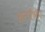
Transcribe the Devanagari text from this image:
हनोका